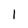
Character: I